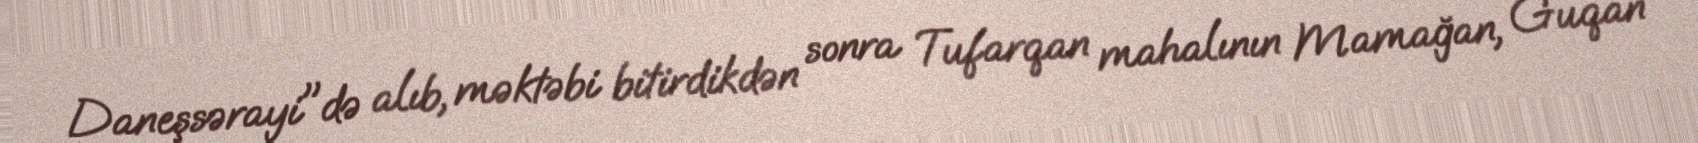
Daneşsərayi"də alıb, məktəbi bitirdikdən sonra Tufarqan mahalının Mamağan, Guqan